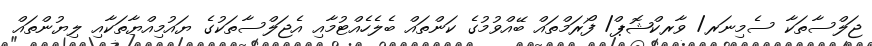
ޖަލްސާތަކާ ސެމިނަރ/ ވާރކްޝޮޕް/ ފޯރަމްތައް ބޭއްވުމުގެ ކަންތައް ބެލެހެއްޓުމާއި އެޖަލްސާތަކުގެ ޔައުމިއްޔާތަކާއި ލިޔުންތައް